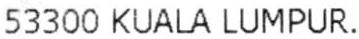
53300 KUALA LUMPUR.